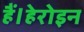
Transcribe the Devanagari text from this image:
हैं।हेरोइन